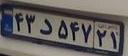
۴۳د۵۴۷۲۱